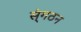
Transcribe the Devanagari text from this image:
स्ंगठन